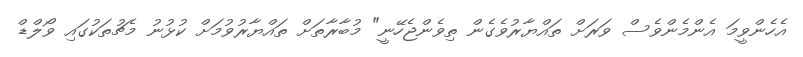
އެހެންވީމަ އެންމެންވެސް ވަރަށް ތައްޔާރުވެގެން ތިވެންޖެހޭނީ" މުބާރާތަށް ތައްޔާރުވުމަށް ކުޅުނު މެޗުތަކުގައި ވޯލްޑް